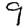
Digit: 9